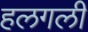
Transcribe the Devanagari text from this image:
हलगली